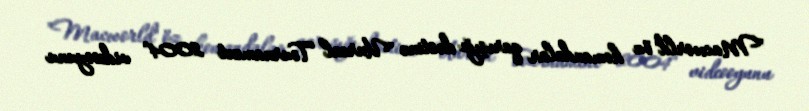
"Macworld" öz komandalar qarışığı dəstinə "Unreal Tournament 2004" videooyunu